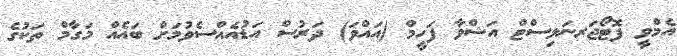
އެމްވީ ފޮޓޯޖަރނަލިސްޓް އަޝްވާ ފަހީމް (އައްވަ) ދަރުސް އަޑުއެއްސެވުމަށް ބައެއް މަގާމް ތަކުގެ